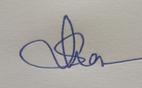
Signature authenticity: genuine